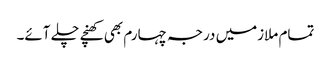
تمام ملازمیں درجہ چہارم بھی کھنچے چلے آئے۔